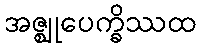
အဇ္ဈုပေက္ခိဿထ